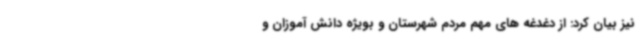
نیز بیان کرد: از دغدغه های مهم مردم شهرستان و بویژه دانش آموزان و